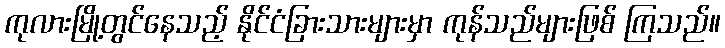
ကုလားမြို့တွင်နေသည့် နိုင်ငံခြားသားများမှာ ကုန်သည်များဖြစ် ကြသည်။